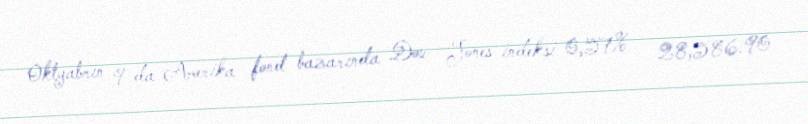
Oktyabrın 9-da Amerika fond bazarında Dow Jones indeksi 0,57% – 28,586.90